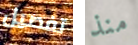
تفصيل منذ